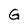
Character: G